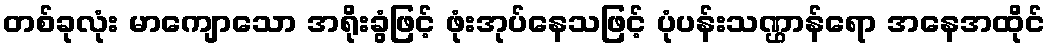
တစ်ခုလုံး မာကျောသော အရိုးခွံဖြင့် ဖုံးအုပ်နေသဖြင့် ပုံပန်းသဏ္ဌာန်ရော အနေအထိုင်